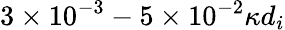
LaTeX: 3\times 10^{-3}-5\times 10^{-2}\kappa d_{i}